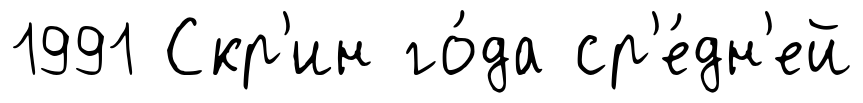
1991 Скр'ин го́да ср'е́дн'ей